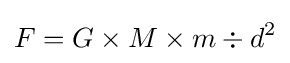
F=G\times M\times m\div d^{2}